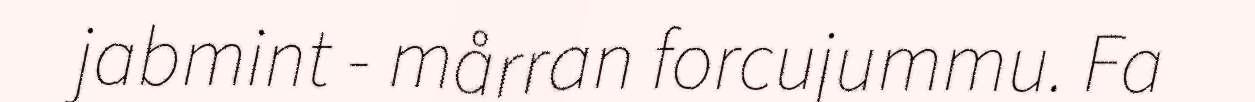
jabmint - mårran forcujummu. Fa